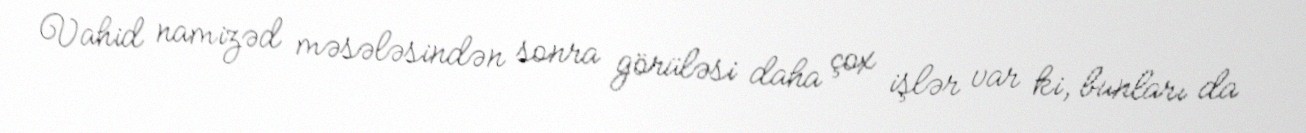
Vahid namizəd məsələsindən sonra görüləsi daha çox işlər var ki, bunları da